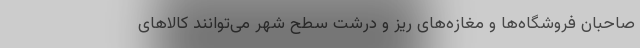
صاحبان فروشگاه‌ها و مغازه‌های ریز و درشت سطح شهر می‌توانند کالاهای